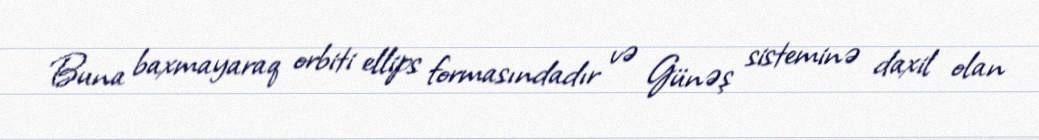
Buna baxmayaraq orbiti ellips formasındadır və Günəş sisteminə daxil olan